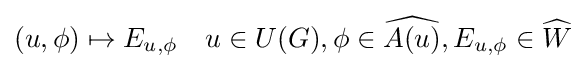
(u,\phi )\mapsto E_{u,\phi }\quad u\in U(G),\phi \in {\widehat {A(u)}},E_{u,\phi }\in {\widehat {W}}